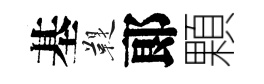
基鞮郞顆